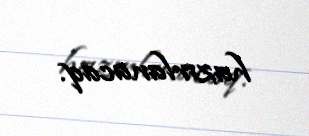
hazırlanacaq.